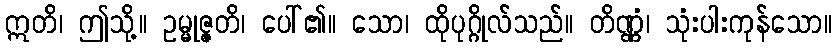
ဣတိ၊ ဤသို့။ ဥမ္မုဇ္ဇတိ၊ ပေါ်၏။ သော၊ ထိုပုဂ္ဂိုလ်သည်။ တိဏ္ဏံ၊ သုံးပါးကုန်သော။